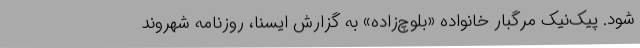
شود. پیک‌نیک مرگبار خانواده «بلوچ‌زاده» به گزارش ایسنا، روزنامه شهروند